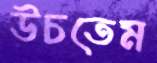
উচতেম